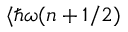
\langle \hbar \omega ( n + 1 / 2 )